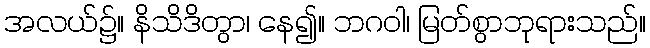
အလယ်၌။ နိသိဒိတွာ၊ နေ၍။ ဘဂဝါ၊ မြတ်စွာဘုရားသည်။